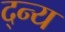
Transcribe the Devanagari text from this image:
द्न्य